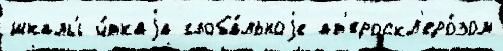
шкалы́ ч́ткаjа глоба́льноjе ат'ероскл'еро́зом